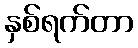
နှစ်ရက်တာ